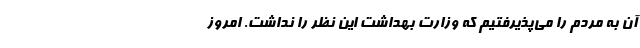
آن به مردم را می‌پذیرفتیم که وزارت بهداشت این نظر را نداشت. امروز